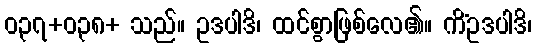
ဝ၃၇+ဝ၃၈+ သည်။ ဥဒပါဒိ၊ ထင်စွာဖြစ်လေ၏။ ကိံဥဒပါဒိ၊